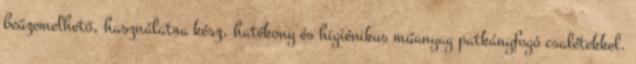
beüzemelhető, használatra kész, hatékony és higiénikus műanyag patkányfogó csalétekkel.